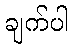
ချက်ပါ